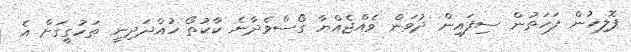
ޕޮލިހުން ފަހަތުން ސިފައިން ދުވަން ވެއްޖެއްޔާ ގޯސްވެދާނެ ކާކުތޯ ހުއްދަދިނީ ތަހުގީގަށް އެ